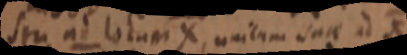
seu ad locum X, unicum suae ad X